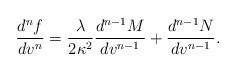
\begin{align*} \frac{d^{n}f}{dv^n}=\frac{\lambda}{2\kappa^2}\frac{d^{n-1}M}{dv^{n-1}}+\frac{d^{n-1}N}{dv^{n-1}}.\end{align*}